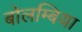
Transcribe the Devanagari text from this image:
बोलम्बिया